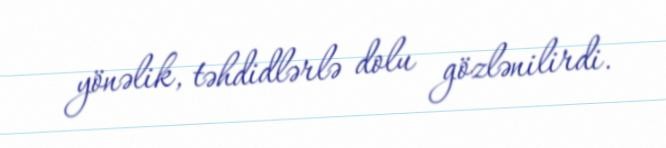
yönəlik, təhdidlərlə dolu gözlənilirdi.